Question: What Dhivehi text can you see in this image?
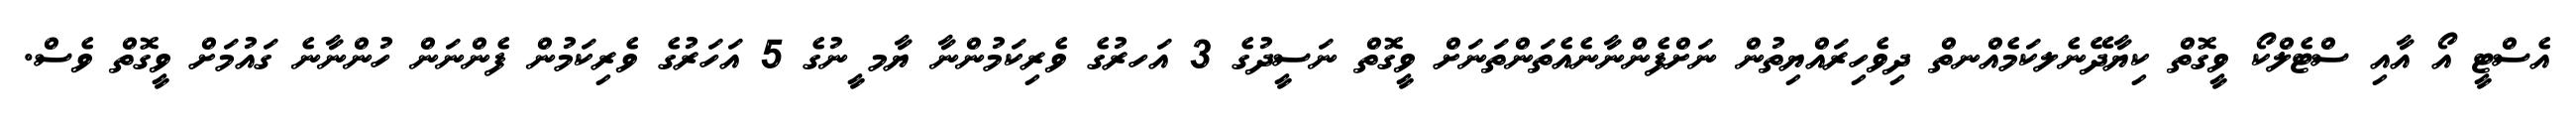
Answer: އެސްޓީ އޯ އާއި ސްޓެލްކޯ ވީގޮތް ކިޔާދޭނެލކަމެއްނތް ދިވެހިރައްޔިތުން ނަށްފެންނާނެއެތަންތަނަށް ވީގޮތް ނަސީދުގެ 3 އަހރުގެ ވެރިކަމުންނާ ޔާމ ީނުގެ 5 އަހަރުގެ ވެރިކަމުން ފެންނަން ހުންނާނެ ގައުމަށް ވީގޮތް ވެސް.